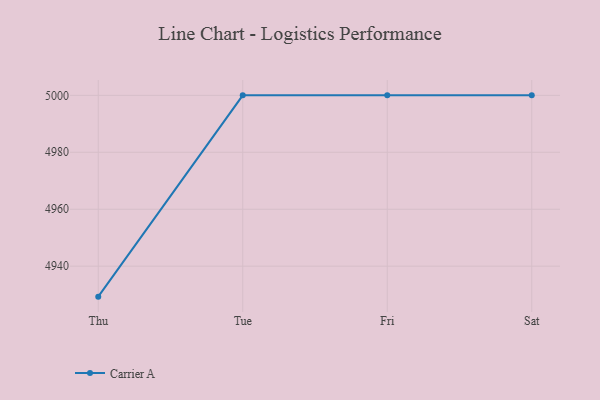
{"axis": {"x": "Day", "y": "Shipments"}, "legend": ["Carrier A"], "data": [{"x": "Thu", "y": 4929.3, "type": "Carrier A"}, {"x": "Tue", "y": 5000, "type": "Carrier A"}, {"x": "Fri", "y": 5000, "type": "Carrier A"}, {"x": "Sat", "y": 5000, "type": "Carrier A"}]}